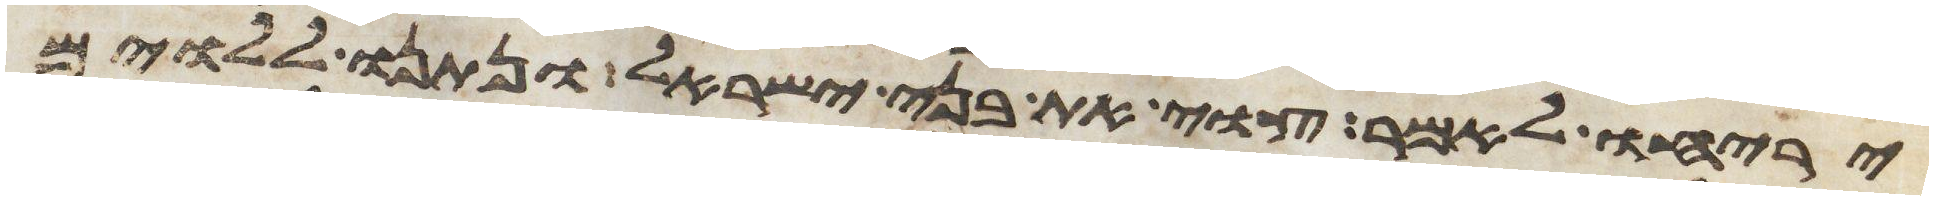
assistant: יריחו לאמר צוי את בני ישראל ונתנו ללוים